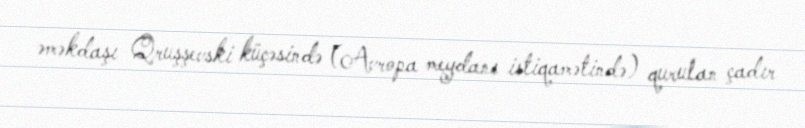
əməkdaşı Qruşşevski küçəsində (Avropa meydanı istiqamətində) qurulan çadır